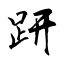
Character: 趼